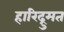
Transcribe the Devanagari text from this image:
हारिद्रुमत